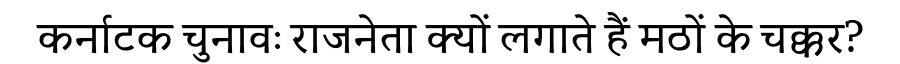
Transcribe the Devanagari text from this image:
कर्नाटक चुनावः राजनेता क्यों लगाते हैं मठों के चक्कर?